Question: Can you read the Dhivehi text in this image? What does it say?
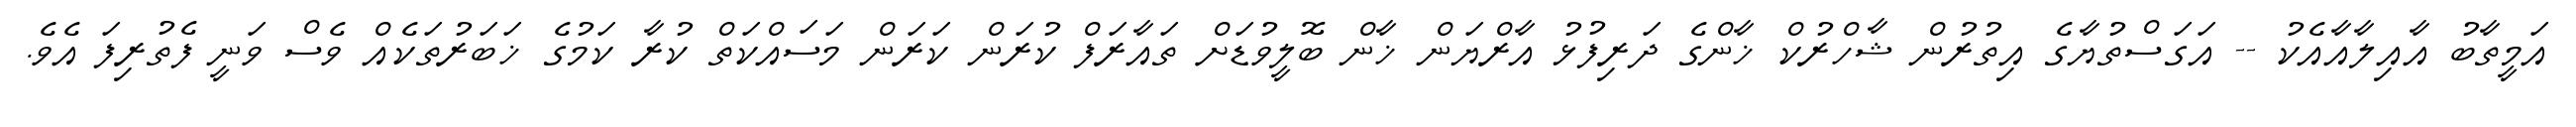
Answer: އަމީތާބު އާއިލާއާއެކު -- އަގަސްތުޔާގެ އިތުރުން ޝާހްރުކް ޚާންގެ ދަރިފުޅު އާރްޔަން ޚާން ބޮލީވުޑަށް ތައާރަފް ކުރަން ކަރަން މަސައްކަތް ކުރާ ކަމުގެ ޚަބަރުތަކެއް ވެސް ވަނީ ފެތުރިފަ އެވެ.